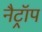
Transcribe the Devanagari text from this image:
नैट्रॉप